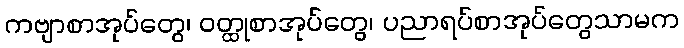
ကဗျာစာအုပ်တွေ၊ ဝတ္ထုစာအုပ်တွေ၊ ပညာရပ်စာအုပ်တွေသာမက